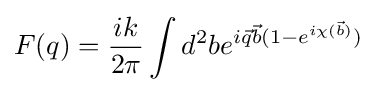
F(q)={\frac {ik}{2\pi }}\int d^{2}be^{i{\vec {q}}{\vec {b}}(1-e^{i\chi ({\vec {b}})})}